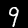
Label: 9